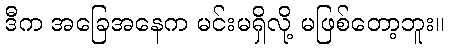
ဒီက အခြေအနေက မင်းမရှိလို့ မဖြစ်တော့ဘူး။